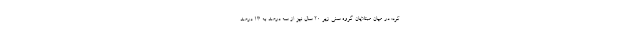
کرد: در میان مبتلایان گروه سنی زیر 20 سال نیز از سه درصد به 13 درصد